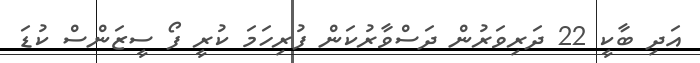
އަދި ބާކީ 22 ދަރިވަރުން ދަސްވާރުކަން ފުރިހަމަ ކުރީ ފޯ ސީޒަންސް ކުޑަ